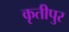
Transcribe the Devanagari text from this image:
कृतीपुर